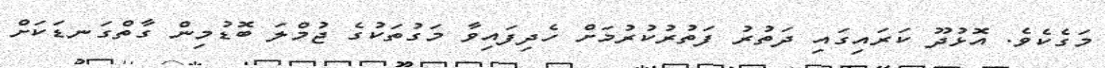
މަގެކެވެ. އޮޅުދޫ ކަރައިގައި ދަތުރު ފަތުރުކުރުމަށް ހެދިފައިވާ މަގުތަކުގެ ޖުމްލަ ބޮޑުމިން ގާތްގަނޑަކަށް